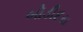
બોડીદરા